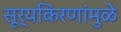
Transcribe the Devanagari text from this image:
सूर्यकिरणांमुळे